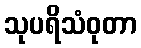
သုပရိသံဝုတာ